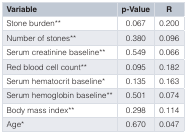
<table><thead><tr><td><b>Variable</b></td><td><b>p-Value</b></td><td><b>R</b></td></tr></thead><tbody><tr><td>Stone burden**</td><td>0.067</td><td>0.200</td></tr><tr><td>Number of stones**</td><td>0.380</td><td>0.096</td></tr><tr><td>Serum creatinine baseline**</td><td>0.549</td><td>0.066</td></tr><tr><td>Red blood cell count**</td><td>0.095</td><td>0.182</td></tr><tr><td>Serum hematocrit baseline*</td><td>0.135</td><td>0.163</td></tr><tr><td>Serum hemoglobin baseline**</td><td>0.501</td><td>0.074</td></tr><tr><td>Body mass index**</td><td>0.298</td><td>0.114</td></tr><tr><td>Age*</td><td>0.670</td><td>0.047</td></tr></tbody></table>